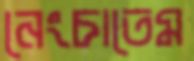
নেংচাতেম